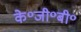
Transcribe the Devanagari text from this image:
के॰जी॰बी॰